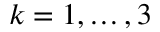
k = 1 , \hdots , 3